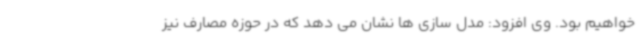
خواهیم بود. وی افزود: مدل سازی ها نشان می دهد که در حوزه مصارف نیز